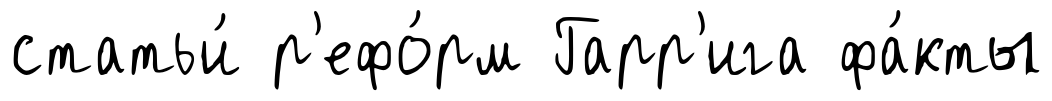
статьи́ р'ефо́рм Гарр'ига фа́кты